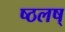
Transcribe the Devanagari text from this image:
ष्ठलष्